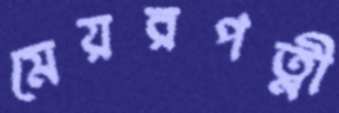
মেয়রপত্নী